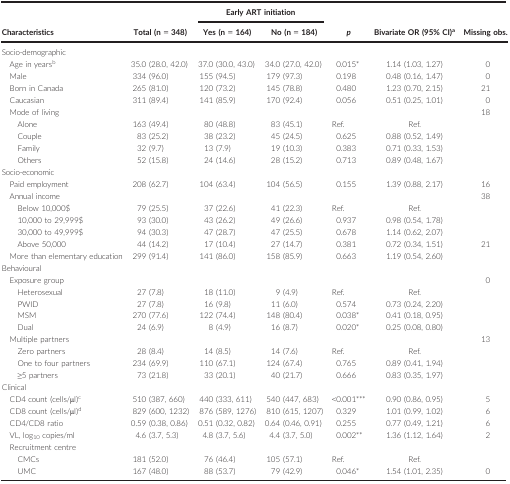
<table><thead><tr><td rowspan="2"><b>Characteristics</b></td><td rowspan="2"><b>Total (n = 348)</b></td><td colspan="2"><b>Early ART initiation</b></td><td rowspan="2"><b><i>p</i></b></td><td rowspan="2"><b>Bivariate OR (95% CI)a</b></td><td rowspan="2"><b>Missing obs.</b></td></tr><tr><td><b>Yes (n = 164)</b></td><td><b>No (n = 184)</b></td></tr></thead><tbody><tr><td colspan="7">Socio‐demographic</td></tr><tr><td>Age in yearsb</td><td>35.0 (28.0, 42.0)</td><td>37.0 (30.0, 43.0)</td><td>34.0 (27.0, 42.0)</td><td>0.015*</td><td>1.14 (1.03, 1.27)</td><td>0</td></tr><tr><td>Male</td><td>334 (96.0)</td><td>155 (94.5)</td><td>179 (97.3)</td><td>0.198</td><td>0.48 (0.16, 1.47)</td><td>0</td></tr><tr><td>Born in Canada</td><td>265 (81.0)</td><td>120 (73.2)</td><td>145 (78.8)</td><td>0.480</td><td>1.23 (0.70, 2.15)</td><td>21</td></tr><tr><td>Caucasian</td><td>311 (89.4)</td><td>141 (85.9)</td><td>170 (92.4)</td><td>0.056</td><td>0.51 (0.25, 1.01)</td><td>0</td></tr><tr><td>Mode of living</td><td></td><td></td><td></td><td></td><td></td><td>18</td></tr><tr><td>Alone</td><td>163 (49.4)</td><td>80 (48.8)</td><td>83 (45.1)</td><td>Ref.</td><td>Ref.</td><td></td></tr><tr><td>Couple</td><td>83 (25.2)</td><td>38 (23.2)</td><td>45 (24.5)</td><td>0.625</td><td>0.88 (0.52, 1.49)</td><td></td></tr><tr><td>Family</td><td>32 (9.7)</td><td>13 (7.9)</td><td>19 (10.3)</td><td>0.383</td><td>0.71 (0.33, 1.53)</td><td></td></tr><tr><td>Others</td><td>52 (15.8)</td><td>24 (14.6)</td><td>28 (15.2)</td><td>0.713</td><td>0.89 (0.48, 1.67)</td><td></td></tr><tr><td colspan="7">Socio‐economic</td></tr><tr><td>Paid employment</td><td>208 (62.7)</td><td>104 (63.4)</td><td>104 (56.5)</td><td>0.155</td><td>1.39 (0.88, 2.17)</td><td>16</td></tr><tr><td>Annual income</td><td></td><td></td><td></td><td></td><td></td><td>38</td></tr><tr><td>Below 10,000$</td><td>79 (25.5)</td><td>37 (22.6)</td><td>41 (22.3)</td><td>Ref.</td><td>Ref.</td><td></td></tr><tr><td>10,000 to 29,999$</td><td>93 (30.0)</td><td>43 (26.2)</td><td>49 (26.6)</td><td>0.937</td><td>0.98 (0.54, 1.78)</td><td></td></tr><tr><td>30,000 to 49,999$</td><td>94 (30.3)</td><td>47 (28.7)</td><td>47 (25.5)</td><td>0.678</td><td>1.14 (0.62, 2.07)</td><td></td></tr><tr><td>Above 50,000</td><td>44 (14.2)</td><td>17 (10.4)</td><td>27 (14.7)</td><td>0.381</td><td>0.72 (0.34, 1.51)</td><td>21</td></tr><tr><td>More than elementary education</td><td>299 (91.4)</td><td>141 (86.0)</td><td>158 (85.9)</td><td>0.663</td><td>1.19 (0.54, 2.60)</td><td></td></tr><tr><td colspan="7">Behavioural</td></tr><tr><td>Exposure group</td><td></td><td></td><td></td><td></td><td></td><td>0</td></tr><tr><td>Heterosexual</td><td>27 (7.8)</td><td>18 (11.0)</td><td>9 (4.9)</td><td>Ref.</td><td>Ref.</td><td></td></tr><tr><td>PWID</td><td>27 (7.8)</td><td>16 (9.8)</td><td>11 (6.0)</td><td>0.574</td><td>0.73 (0.24, 2.20)</td><td></td></tr><tr><td>MSM</td><td>270 (77.6)</td><td>122 (74.4)</td><td>148 (80.4)</td><td>0.038*</td><td>0.41 (0.18, 0.95)</td><td></td></tr><tr><td>Dual</td><td>24 (6.9)</td><td>8 (4.9)</td><td>16 (8.7)</td><td>0.020*</td><td>0.25 (0.08, 0.80)</td><td></td></tr><tr><td>Multiple partners</td><td></td><td></td><td></td><td></td><td></td><td>13</td></tr><tr><td>Zero partners</td><td>28 (8.4)</td><td>14 (8.5)</td><td>14 (7.6)</td><td>Ref.</td><td>Ref.</td><td></td></tr><tr><td>One to four partners</td><td>234 (69.9)</td><td>110 (67.1)</td><td>124 (67.4)</td><td>0.765</td><td>0.89 (0.41, 1.94)</td><td></td></tr><tr><td>≥5 partners</td><td>73 (21.8)</td><td>33 (20.1)</td><td>40 (21.7)</td><td>0.666</td><td>0.83 (0.35, 1.97)</td><td></td></tr><tr><td colspan="7">Clinical</td></tr><tr><td>CD4 count (cells/μl)c</td><td>510 (387, 660)</td><td>440 (333, 611)</td><td>540 (447, 683)</td><td>&lt;0.001***</td><td>0.90 (0.86, 0.95)</td><td>5</td></tr><tr><td>CD8 count (cells/μl)d</td><td>829 (600, 1232)</td><td>876 (589, 1276)</td><td>810 (615, 1207)</td><td>0.329</td><td>1.01 (0.99, 1.02)</td><td>6</td></tr><tr><td>CD4/CD8 ratio</td><td>0.59 (0.38, 0.86)</td><td>0.51 (0.32, 0.82)</td><td>0.64 (0.46, 0.91)</td><td>0.255</td><td>0.77 (0.49, 1.21)</td><td>6</td></tr><tr><td>VL, log<sub>10</sub> copies/ml</td><td>4.6 (3.7, 5.3)</td><td>4.8 (3.7, 5.6)</td><td>4.4 (3.7, 5.0)</td><td>0.002**</td><td>1.36 (1.12, 1.64)</td><td>2</td></tr><tr><td colspan="7">Recruitment centre</td></tr><tr><td>CMCs</td><td>181 (52.0)</td><td>76 (46.4)</td><td>105 (57.1)</td><td>Ref.</td><td>Ref.</td><td></td></tr><tr><td>UMC</td><td>167 (48.0)</td><td>88 (53.7)</td><td>79 (42.9)</td><td>0.046*</td><td>1.54 (1.01, 2.35)</td><td>0</td></tr></tbody></table>